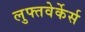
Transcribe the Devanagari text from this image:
लुफ्तवेर्केर्स